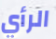
الرأي